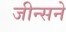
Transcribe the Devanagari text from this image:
जीन्सने